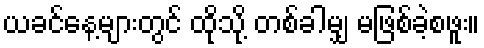
ယခင်နေ့များတွင် ထိုသို့ တစ်ခါမျှ မဖြစ်ခဲ့စဖူး။